Plague in India, 1896, 1897 - Volume 2
Year: 1896
Disease focus: Plague
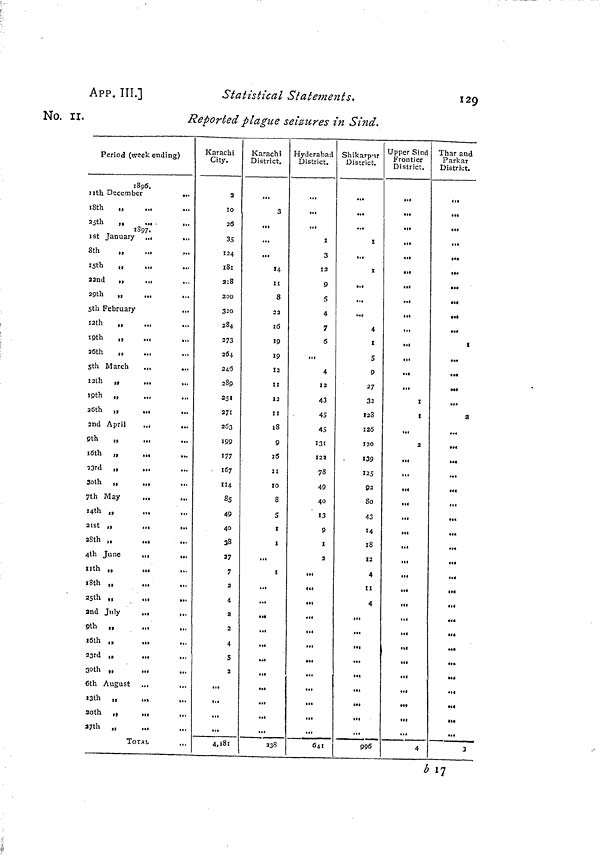
App. III.]
Statistical Statements.
129
No. II.
Reported plague seizures in Sind.
Period (week ending)
1896.
1th December
•..
18th
„
..i
25th „
...
1897.
1st January ..,
...
8th
„
15th
„
22nd
i,
.11
...
29th
„
5th February
I2th
,,
...
19th
,,
...
26th
„
...
5th March
.„
I2th
„
...
,,,
I9th „
...
26th „
...
2nd April
...
...
9th
„
16t h „
...
23rd „
...
3oth „
...
7th May
...
...
14th „
...
21st „
...
...
18th „
...
4th June
...
...
11th „
...
18th „
...
25th „
and July
...
t.
9th „
16th ,,
13rd „
...
30th „
...
6th August ..,
,.
13th „
...
2oth ,,
,,,
,,
27th „
TOTAL
Karachi
City.
2
10
26
35
124
181
218
200
32O
284
273
264
246
289
251
271
263
199
177
167
114
85
49
40
38
27
7
2
4
2
2
4
5
2
...
...
...
...
4,18r
Karachi
District.
...
3
...
...
14
II
8
22
16
19
19
12
II
12
II
18
9
16
II
10
8
5
I
I
...
t
...
...
...
...
...
...
...
...
...
...
...
238
Hyderabad
District.
...
...
I
3
12
9
S
4
7
6
...
4
12
43
45
45
131
122
78
49
40
13
9
I
2
...
...
..l
...
...
...
...
...
...
...
...
...
641
Shikarpur
District.
• M
...
S
...
t
...
...
....
4
I
5
9
27
2
128
126
120
139
125
2
So
43
M
IS
12
4
II
4
...
...
...
...
...
...
...
...
...
996
Upper Sind
Frontier
District.
...
...
..«
...
...
...
...
...
...
...
...
...
...
I
t
...
2
...
...
».
...
...
...
...
...
...
...
...
...
...
.11
...
...
...
...
...
...
4
Thar and
Parkar
District.
...
...
...
.««
...
...
...
«««
...
I
...
...
».
...
a
...
...
...
...
...
..4
...
...
...
...
...
4«
...
...
...
...
...
...
...
...
...
...
3
b 17